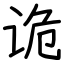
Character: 诡